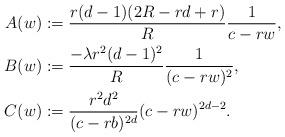
LaTeX: \begin{align*}A(w)&:=\frac{r(d-1)(2R-rd+r)}{R}\frac{1}{c-rw},\\B(w)&:=\frac{-\lambda r^2 (d-1)^2}{R}\frac{1}{(c-rw)^2},\\C(w)&:=\frac{r^2 d^2}{(c-rb)^{2d}}(c-rw)^{2d-2}.\end{align*}